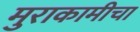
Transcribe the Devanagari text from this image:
मुराकामीचा